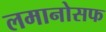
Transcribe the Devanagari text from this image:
लमानोसफ